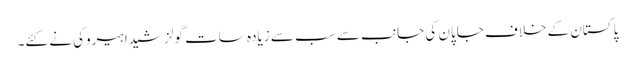
پاکستان کے خلاف جاپان کی جانب سے سب سے زیادہ سات گولز شیدا ہیروکی نے کئے۔